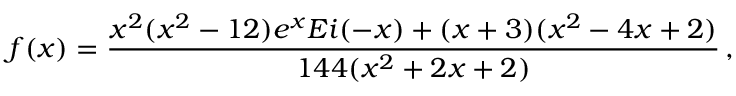
f ( x ) = \frac { x ^ { 2 } ( x ^ { 2 } - 1 2 ) e ^ { x } E i ( - x ) + ( x + 3 ) ( x ^ { 2 } - 4 x + 2 ) } { 1 4 4 ( x ^ { 2 } + 2 x + 2 ) } \, ,